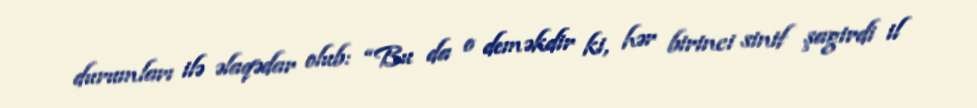
durumları ilə əlaqədar olub: “Bu da o deməkdir ki, hər birinci sinif şagirdi il